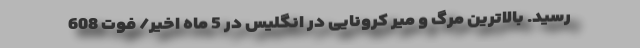
رسید. بالاترین مرگ و میر کرونایی در انگلیس در 5 ماه اخیر/ فوت 608